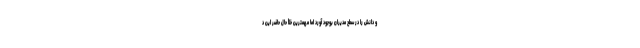
و دانش را در سطح مدیران بوجود آورد اما مهمترین خلأ حال حاضر این د